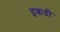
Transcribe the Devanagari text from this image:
इकडी